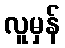
လူမှန်